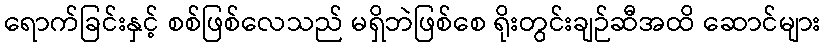
ရောက်ခြင်းနှင့် စစ်ဖြစ်လေသည် မရှိဘဲဖြစ်စေ ရိုးတွင်းချဉ်ဆီအထိ ဆောင်များ